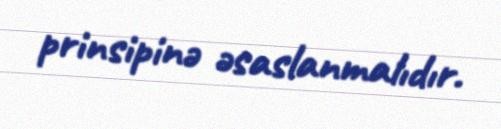
prinsipinə əsaslanmalıdır.